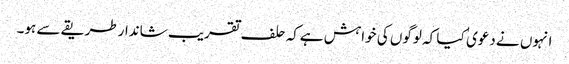
انہوں نے دعوی ٰ کیا کہ لوگوں کی خواہش ہےکہ حلف تقریب شاندارطریقے سے ہو۔